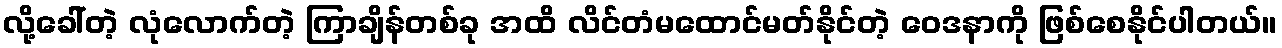
လို့ခေါ်တဲ့ လုံလောက်တဲ့ ကြာချိန်တစ်ခု အထိ လိင်တံမထောင်မတ်နိုင်တဲ့ ဝေဒနာကို ဖြစ်စေနိုင်ပါတယ်။